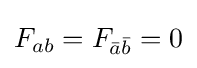
F_{ab}=F_{{\bar {a}}{\bar {b}}}=0